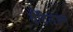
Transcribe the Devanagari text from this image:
वैंटिलेशन